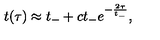
t ( \tau ) \approx t _ { - } + c t _ { - } e ^ { - \frac { 2 \tau } { t _ { - } } } ,